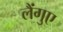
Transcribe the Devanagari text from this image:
लैंगुए